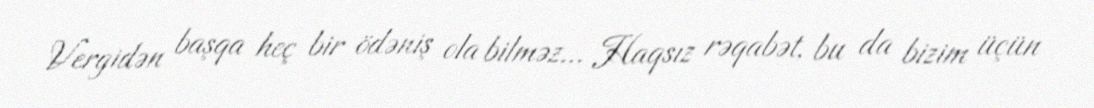
Vergidən başqa heç bir ödəniş ola bilməz... Haqsız rəqabət, bu da bizim üçün